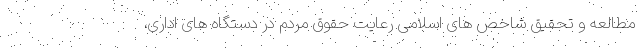
مطالعه و تحقیق شاخص های اسلامی رعایت حقوق مردم در دستگاه های اداری،